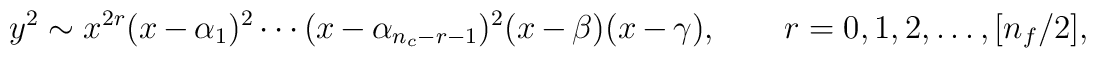
y^2\sim   x^{2r} (x-\alpha_{1})^{2} \cdots  	(x-\alpha_{n_{c}-r-1})^{2} (x-\beta) (x-\gamma),  	\qquad        r=0,1,2,\ldots, [n_f/2],